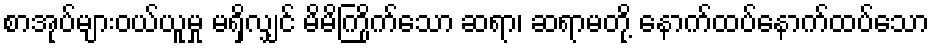
စာအုပ်များဝယ်ယူမှု မရှိလျှင် မိမိကြိုက်သော ဆရာ၊ ဆရာမတို့ နောက်ထပ်နောက်ထပ်သော